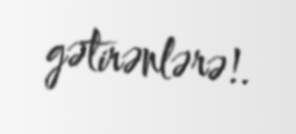
gətirənlərə!.